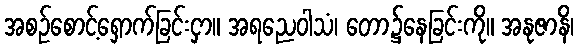
အစဉ်စောင့်ရှောက်ခြင်းငှာ။ အရညေဝါသံ၊ တော၌နေခြင်းကို။ အနုဇာနိ၊